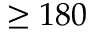
\ge 1 8 0